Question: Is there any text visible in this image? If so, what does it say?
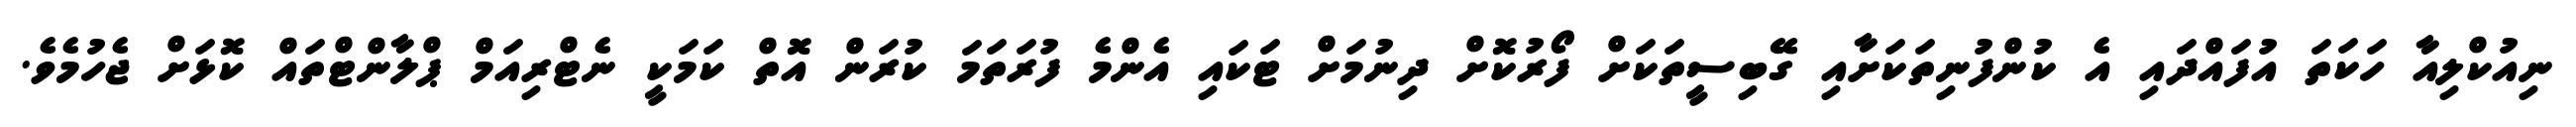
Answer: ނިއުކްލިއާ ހަކަތަ އުފައްދައި އެ ކުންފުނިތަކަށާއި ގޭބިސީތަކަށް ފޯރުކޮށް ދިނުމަށް ޓަކައި އެންމެ ފުރަތަމަ ކުރަން އޮތް ކަމަކީ ނެޓްރިއަމް ޕްލާންޓްތައް ކޮޅަށް ޖެހުމެވެ.